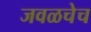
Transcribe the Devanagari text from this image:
जवळचेच